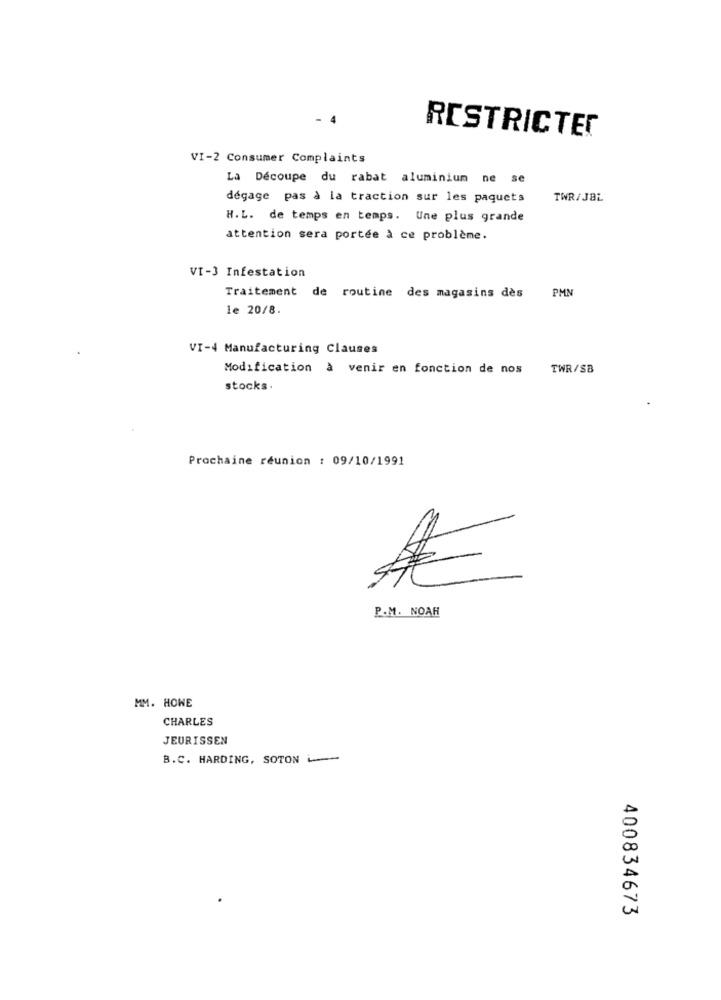
RESTRICTED
VI-2 Consumer Complaints
La Découpe du rabat aluminium ne se
dégage pas à la traction sur les paquets
TWR/JBL
H.L. de temps en temps. Une plus grande
attention sera portée à ce problème.
VI-3 Infestation
PM
Traitement de routine des magasins dès
le 20/8.
VI-4 Manufacturing Clauses
Modification à venir en fonction de nos
TWR/SB
stocks.
Prochaine réunion : 09/10/1991
P.M. NOAH
MM. HOWE
CHARLES
JEURISSEN
B.C. HARDING, SOTONL
400834673